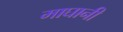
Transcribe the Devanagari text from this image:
माघानी